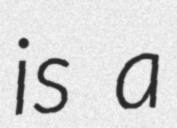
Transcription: is a